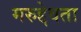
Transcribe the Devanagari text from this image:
मरुद्देवता